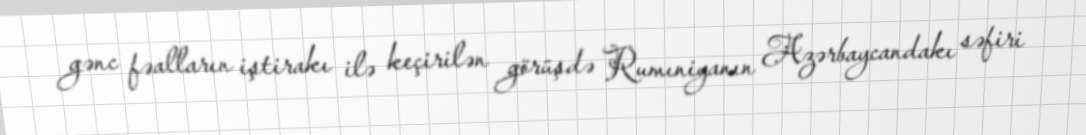
gənc fəalların iştirakı ilə keçirilən görüşdə Rumıniyanın Azərbaycandakı səfiri